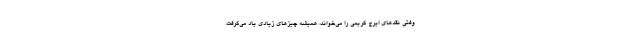
وفتی نقدهای ایرج کریمی را می‌خواند، همیشه چیزهای زیادی یاد می‌گرفت.